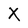
Character: X